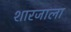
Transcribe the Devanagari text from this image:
शारजाला